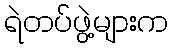
ရဲတပ်ဖွဲ့များက